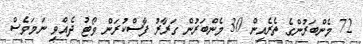
72 މެންބަރުންގެ ތެރެއިން 30 މެންބަރުން ގަރާރު ފާސްކުރަން ވޯޓު ދެއްވި ނަމަވެސް